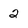
Character: 2